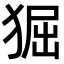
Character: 𤟎